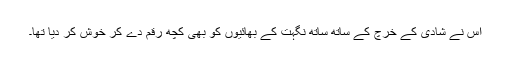
اس نے شادی کے خرچ کے ساتھ ساتھ نگہت کے بھائیوں کو بھی کچھ رقم دے کر خوش کر دیا تھا۔